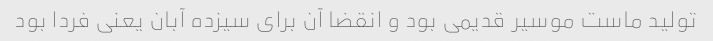
تولید ماست موسیر قدیمی بود و انقضا آن برای سیزده آبان یعنی فردا بود